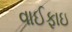
વાઈફાઇ